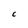
Character: C